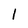
Character: l